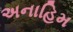
અનાહિમ